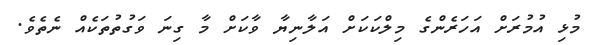
މުޅި އުމުރަށް އަހަރެންގެ މިލްކަކަށް އަލާނިޔާ ވާކަށް މާ ގިނަ ވަގުތުތަކެއް ނެތެވެ.